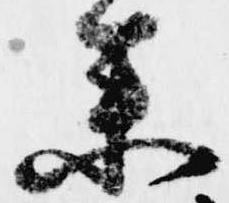
参